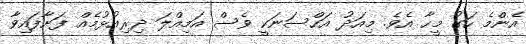
އެންމެ ހަގު މީހާ އެވެ. މިއަދު އަހްސަނަކީ ވެސް އަމިއްލަ ދިރިއުޅުމެއް ފަށާފައިވާ